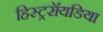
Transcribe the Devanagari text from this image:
हिस्ट्ररॉयडिया